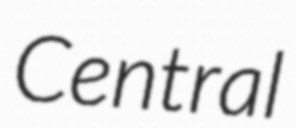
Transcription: Central